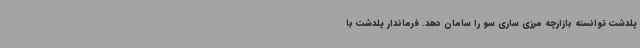
پلدشت توانسته بازارچه مرزی ساری سو را سامان دهد. فرماندار پلدشت با